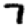
Digit: 7